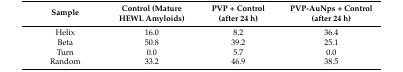
| Sample | Control (Mature HEWL Amyloids) | PVP + Control (after 24 h) | PVP-AuNps + Control (after 24 h) |
 | --- | --- | --- | --- |
 | Helix | 16.0 | 8.2 | 36.4 |
 | Beta | 50.8 | 39.2 | 25.1 |
 | Turn | 0.0 | 5.7 | 0.0 |
 | Random | 33.2 | 46.9 | 38.5 |